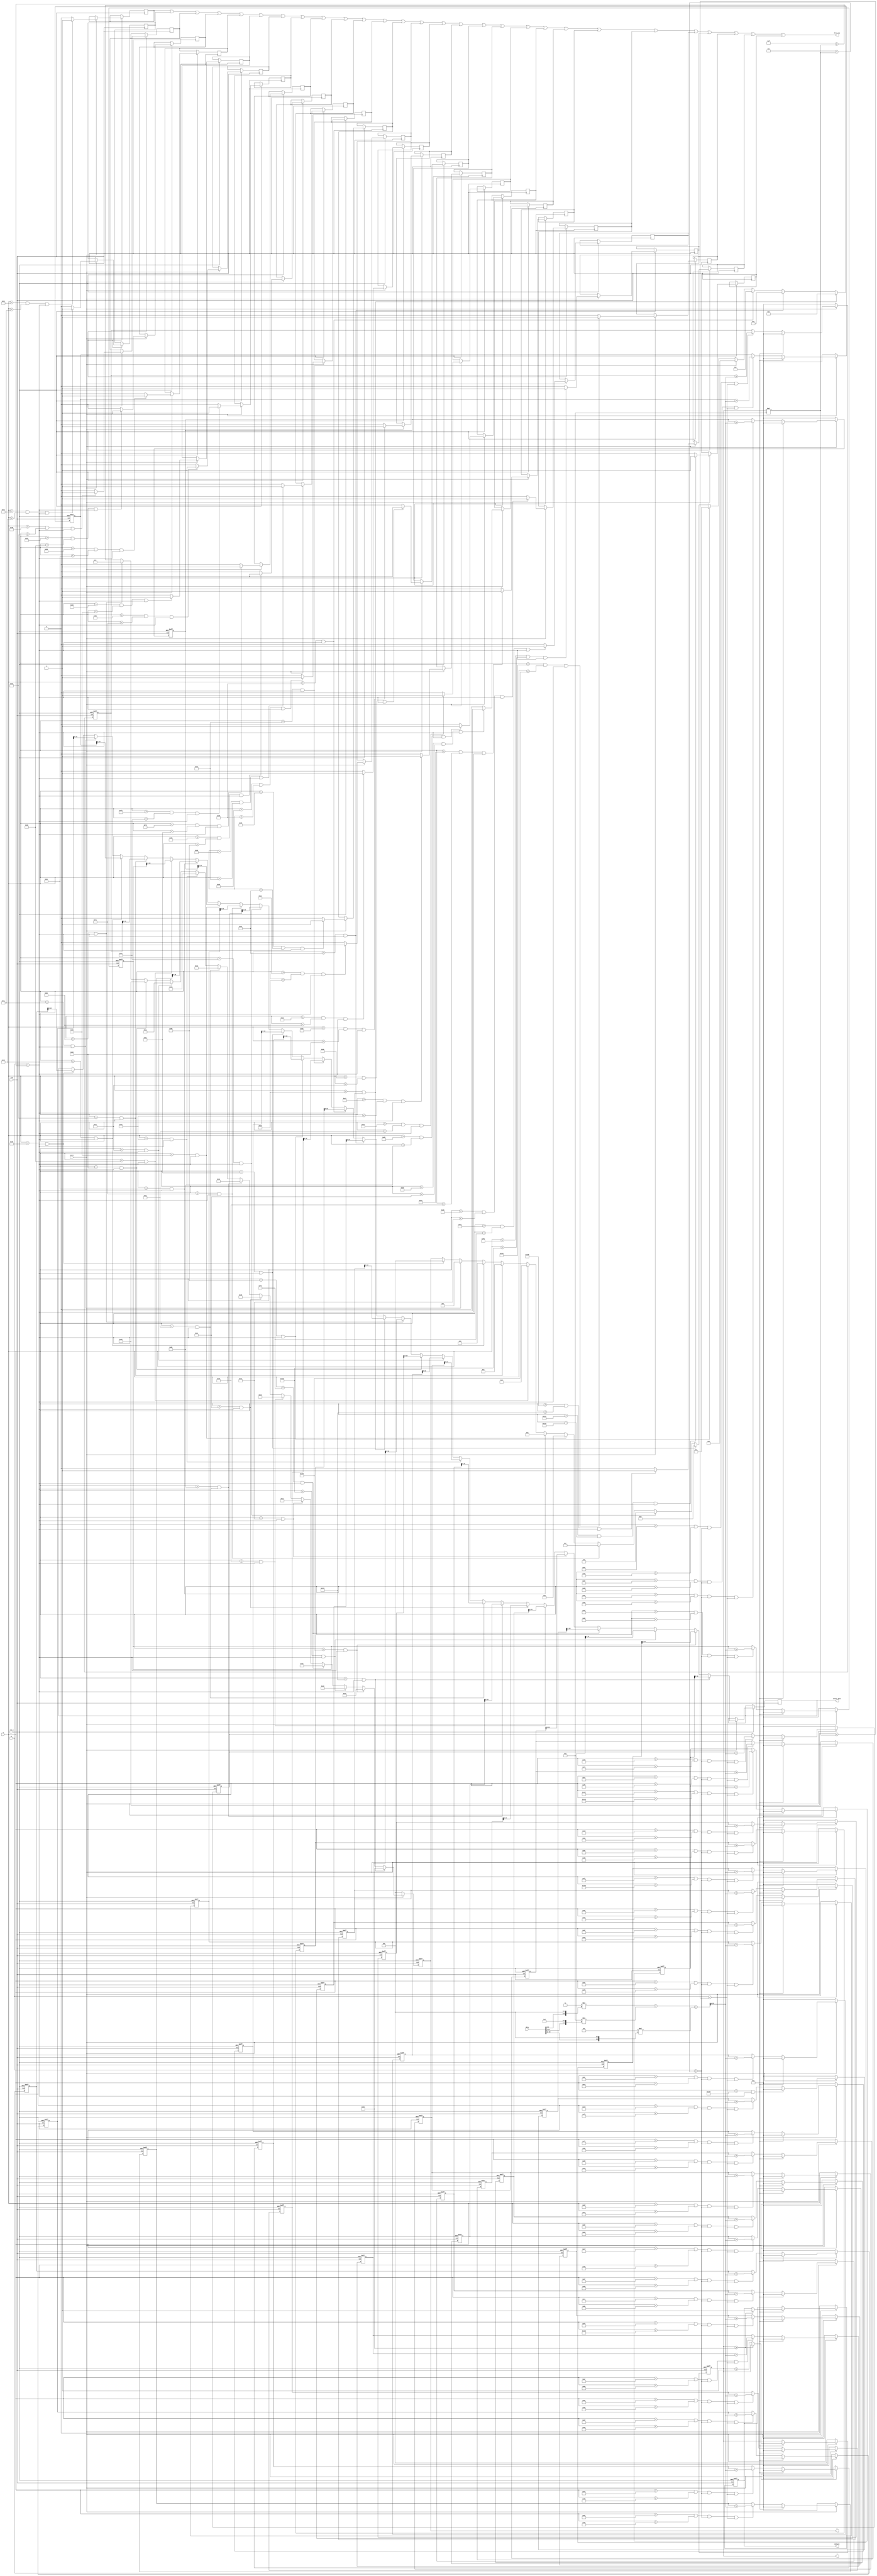
module pre_v2(clk, rst_n, start, data, end_pre, output_data, x, y, i, j ,data_req);
  input clk;
  input rst_n;
  input [15:0] data;
  input start;
  output reg end_pre;
  output reg [10:0] output_data;
  input [9:0] x, y;
  output reg [4:0] i, j;
  output data_req;
  

reg [16:0] sr_data_0_0;
reg wr_sr_data_0;
wire [10:0] output_data_0_0;
reg [16:0] sr_data_1_0;
reg wr_sr_data_1;
wire [10:0] output_data_1_0;
reg [16:0] sr_data_2_0;
reg wr_sr_data_2;
wire [10:0] output_data_2_0;
reg [16:0] sr_data_3_0;
reg wr_sr_data_3;
wire [10:0] output_data_3_0;
reg [16:0] sr_data_4_0;
reg wr_sr_data_4;
wire [10:0] output_data_4_0;
reg [16:0] sr_data_5_0;
reg wr_sr_data_5;
wire [10:0] output_data_5_0;
reg [16:0] sr_data_6_0;
reg wr_sr_data_6;
wire [10:0] output_data_6_0;
reg [16:0] sr_data_7_0;
reg wr_sr_data_7;
wire [10:0] output_data_7_0;
reg [16:0] sr_data_8_0;
reg wr_sr_data_8;
wire [10:0] output_data_8_0;
reg [16:0] sr_data_9_0;
reg wr_sr_data_9;
wire [10:0] output_data_9_0;
reg [16:0] sr_data_10_0;
reg wr_sr_data_10;
wire [10:0] output_data_10_0;
reg [16:0] sr_data_11_0;
reg wr_sr_data_11;
wire [10:0] output_data_11_0;
reg [16:0] sr_data_12_0;
reg wr_sr_data_12;
wire [10:0] output_data_12_0;
reg [16:0] sr_data_13_0;
reg wr_sr_data_13;
wire [10:0] output_data_13_0;
reg [16:0] sr_data_14_0;
reg wr_sr_data_14;
wire [10:0] output_data_14_0;
reg [16:0] sr_data_15_0;
reg wr_sr_data_15;
wire [10:0] output_data_15_0;
reg [16:0] sr_data_16_0;
reg wr_sr_data_16;
wire [10:0] output_data_16_0;
reg [16:0] sr_data_17_0;
reg wr_sr_data_17;
wire [10:0] output_data_17_0;
reg [16:0] sr_data_18_0;
reg wr_sr_data_18;
wire [10:0] output_data_18_0;
reg [16:0] sr_data_19_0;
reg wr_sr_data_19;
wire [10:0] output_data_19_0;
reg [16:0] sr_data_20_0;
reg wr_sr_data_20;
wire [10:0] output_data_20_0;
reg [16:0] sr_data_21_0;
reg wr_sr_data_21;
wire [10:0] output_data_21_0;
reg [16:0] sr_data_22_0;
reg wr_sr_data_22;
wire [10:0] output_data_22_0;
reg [16:0] sr_data_23_0;
reg wr_sr_data_23;
wire [10:0] output_data_23_0;
reg [16:0] sr_data_24_0;
reg wr_sr_data_24;
wire [10:0] output_data_24_0;
reg [16:0] sr_data_25_0;
reg wr_sr_data_25;
wire [10:0] output_data_25_0;
reg [16:0] sr_data_26_0;
reg wr_sr_data_26;
wire [10:0] output_data_26_0;
reg [16:0] sr_data_27_0;
reg wr_sr_data_27;
wire [10:0] output_data_27_0;

reg [10:0] R;
reg [10:0] G;
reg [10:0] B;
reg [17:0] gray;
  
always @(posedge clk or negedge rst_n)	
	begin
	if ( !rst_n )
		begin
			i = 5'b0;
			j = 5'b0;
			sr_data_0_0 = 30'd0;
			sr_data_1_0 = 30'd0;
			sr_data_2_0 = 30'd0;
			sr_data_3_0 = 30'd0;
			sr_data_4_0 = 30'd0;
			sr_data_5_0 = 30'd0;
			sr_data_6_0 = 30'd0;
			sr_data_7_0 = 30'd0;
			sr_data_8_0 = 30'd0;
			sr_data_9_0 = 30'd0;
			sr_data_10_0 = 30'd0;
			sr_data_11_0 = 30'd0;
			sr_data_12_0 = 30'd0;
			sr_data_13_0 = 30'd0;
			sr_data_14_0 = 30'd0;
			sr_data_15_0 = 30'd0;
			sr_data_16_0 = 30'd0;
			sr_data_17_0 = 30'd0;
			sr_data_18_0 = 30'd0;
			sr_data_19_0 = 30'd0;
			sr_data_20_0 = 30'd0;
			sr_data_21_0 = 30'd0;
			sr_data_22_0 = 30'd0;
			sr_data_23_0 = 30'd0;
			sr_data_24_0 = 30'd0;
			sr_data_25_0 = 30'd0;
			sr_data_26_0 = 30'd0;
			sr_data_27_0 = 30'd0;
			end_pre = 1'b0;
			gray = 18'd0;
		end
	else
    begin
      if (start)
        begin
			R = 11'd0;
			R[9] = data[15];
			R[8] = data[14];
			R[7] = data[13];
			R[6] = data[12];
			R[5] = data[11];

			G = 11'd0;
			G[9] = data[10];
			G[8] = data[9];
			G[7] = data[8];
			G[6] = data[7];
			G[5] = data[6];
			G[4] = data[5];

			B = 11'd0;
			B[9] = data[4];
			B[8] = data[3];
			B[7] = data[2];
			B[6] = data[1];
			B[5] = data[0];
				  

         gray = 3*B + 8*G + 5*R;
         gray = gray >> 4;
		 
			if ((x>(10'd47+(0*8)))&&(x<(10'd56+(0*8)))&&(y>(10'd7+(j*8)))&&(y<(10'd16+(j*8)))) 
				begin		
				  sr_data_0_0 = sr_data_0_0 + gray;
				end
			if ((x>(10'd47+(1*8)))&&(x<(10'd56+(1*8)))&&(y>(10'd7+(j*8)))&&(y<(10'd16+(j*8)))) 
				begin		
				  sr_data_1_0 = sr_data_1_0 + gray;
				end
			if ((x>(10'd47+(2*8)))&&(x<(10'd56+(2*8)))&&(y>(10'd7+(j*8)))&&(y<(10'd16+(j*8)))) 
				begin		
				  sr_data_2_0 = sr_data_2_0 + gray;
				end
			if ((x>(10'd47+(3*8)))&&(x<(10'd56+(3*8)))&&(y>(10'd7+(j*8)))&&(y<(10'd16+(j*8)))) 
				begin		
				  sr_data_3_0 = sr_data_3_0 + gray;
				end
			if ((x>(10'd47+(4*8)))&&(x<(10'd56+(4*8)))&&(y>(10'd7+(j*8)))&&(y<(10'd16+(j*8)))) 
				begin		
				  sr_data_4_0 = sr_data_4_0 + gray;
				end
			if ((x>(10'd47+(5*8)))&&(x<(10'd56+(5*8)))&&(y>(10'd7+(j*8)))&&(y<(10'd16+(j*8)))) 
				begin		
				  sr_data_5_0 = sr_data_5_0 + gray;
				end
			if ((x>(10'd47+(6*8)))&&(x<(10'd56+(6*8)))&&(y>(10'd7+(j*8)))&&(y<(10'd16+(j*8)))) 
				begin		
				  sr_data_6_0 = sr_data_6_0 + gray;
				end
			if ((x>(10'd47+(7*8)))&&(x<(10'd56+(7*8)))&&(y>(10'd7+(j*8)))&&(y<(10'd16+(j*8)))) 
				begin		
				  sr_data_7_0 = sr_data_7_0 + gray;
				end
			if ((x>(10'd47+(8*8)))&&(x<(10'd56+(8*8)))&&(y>(10'd7+(j*8)))&&(y<(10'd16+(j*8)))) 
				begin		
				  sr_data_8_0 = sr_data_8_0 + gray;
				end
			if ((x>(10'd47+(9*8)))&&(x<(10'd56+(9*8)))&&(y>(10'd7+(j*8)))&&(y<(10'd16+(j*8)))) 
				begin		
				  sr_data_9_0 = sr_data_9_0 + gray;
				end
			if ((x>(10'd47+(10*8)))&&(x<(10'd56+(10*8)))&&(y>(10'd7+(j*8)))&&(y<(10'd16+(j*8)))) 
				begin		
				  sr_data_10_0 = sr_data_10_0 + gray;
				end
			if ((x>(10'd47+(11*8)))&&(x<(10'd56+(11*8)))&&(y>(10'd7+(j*8)))&&(y<(10'd16+(j*8)))) 
				begin		
				  sr_data_11_0 = sr_data_11_0 + gray;
				end
			if ((x>(10'd47+(12*8)))&&(x<(10'd56+(12*8)))&&(y>(10'd7+(j*8)))&&(y<(10'd16+(j*8)))) 
				begin		
				  sr_data_12_0 = sr_data_12_0 + gray;
				end
			if ((x>(10'd47+(13*8)))&&(x<(10'd56+(13*8)))&&(y>(10'd7+(j*8)))&&(y<(10'd16+(j*8)))) 
				begin		
				  sr_data_13_0 = sr_data_13_0 + gray;
				end
			if ((x>(10'd47+(14*8)))&&(x<(10'd56+(14*8)))&&(y>(10'd7+(j*8)))&&(y<(10'd16+(j*8)))) 
				begin		
				  sr_data_14_0 = sr_data_14_0 + gray;
				end
			if ((x>(10'd47+(15*8)))&&(x<(10'd56+(15*8)))&&(y>(10'd7+(j*8)))&&(y<(10'd16+(j*8)))) 
				begin		
				  sr_data_15_0 = sr_data_15_0 + gray;
				end
			if ((x>(10'd47+(16*8)))&&(x<(10'd56+(16*8)))&&(y>(10'd7+(j*8)))&&(y<(10'd16+(j*8)))) 
				begin		
				  sr_data_16_0 = sr_data_16_0 + gray;
				end
			if ((x>(10'd47+(17*8)))&&(x<(10'd56+(17*8)))&&(y>(10'd7+(j*8)))&&(y<(10'd16+(j*8)))) 
				begin		
				  sr_data_17_0 = sr_data_17_0 + gray;
				end
			if ((x>(10'd47+(18*8)))&&(x<(10'd56+(18*8)))&&(y>(10'd7+(j*8)))&&(y<(10'd16+(j*8)))) 
				begin		
				  sr_data_18_0 = sr_data_18_0 + gray;
				end
			if ((x>(10'd47+(19*8)))&&(x<(10'd56+(19*8)))&&(y>(10'd7+(j*8)))&&(y<(10'd16+(j*8)))) 
				begin		
				  sr_data_19_0 = sr_data_19_0 + gray;
				end
			if ((x>(10'd47+(20*8)))&&(x<(10'd56+(20*8)))&&(y>(10'd7+(j*8)))&&(y<(10'd16+(j*8)))) 
				begin		
				  sr_data_20_0 = sr_data_20_0 + gray;
				end
			if ((x>(10'd47+(21*8)))&&(x<(10'd56+(21*8)))&&(y>(10'd7+(j*8)))&&(y<(10'd16+(j*8)))) 
				begin		
				  sr_data_21_0 = sr_data_21_0 + gray;
				end
			if ((x>(10'd47+(22*8)))&&(x<(10'd56+(22*8)))&&(y>(10'd7+(j*8)))&&(y<(10'd16+(j*8)))) 
				begin		
				  sr_data_22_0 = sr_data_22_0 + gray;
				end
			if ((x>(10'd47+(23*8)))&&(x<(10'd56+(23*8)))&&(y>(10'd7+(j*8)))&&(y<(10'd16+(j*8)))) 
				begin		
				  sr_data_23_0 = sr_data_23_0 + gray;
				end
			if ((x>(10'd47+(24*8)))&&(x<(10'd56+(24*8)))&&(y>(10'd7+(j*8)))&&(y<(10'd16+(j*8)))) 
				begin		
				  sr_data_24_0 = sr_data_24_0 + gray;
				end
			if ((x>(10'd47+(25*8)))&&(x<(10'd56+(25*8)))&&(y>(10'd7+(j*8)))&&(y<(10'd16+(j*8)))) 
				begin		
				  sr_data_25_0 = sr_data_25_0 + gray;
				end
			if ((x>(10'd47+(26*8)))&&(x<(10'd56+(26*8)))&&(y>(10'd7+(j*8)))&&(y<(10'd16+(j*8)))) 
				begin		
				  sr_data_26_0 = sr_data_26_0 + gray;
				end
			if ((x>(10'd47+(27*8)))&&(x<(10'd56+(27*8)))&&(y>(10'd7+(j*8)))&&(y<(10'd16+(j*8)))) 
				begin		
				  sr_data_27_0 = sr_data_27_0 + gray;
				end
			if ((x==(10'd57+(0*8)))&&(y==(10'd15+(j*8))))	begin output_data=output_data_0_0; i=0; end
			if ((x>(10'd59+(0*8)))&&(x<(10'd65+(0*8)))&&(y==(10'd15+(j*8))))	wr_sr_data_0=1'b1; 
			else wr_sr_data_0 = 1'b0;
			if ((x==(10'd57+(1*8)))&&(y==(10'd15+(j*8))))	begin output_data=output_data_1_0; i=1; end
			if ((x>(10'd59+(1*8)))&&(x<(10'd65+(1*8)))&&(y==(10'd15+(j*8))))	wr_sr_data_1=1'b1; 
			else wr_sr_data_1 = 1'b0;
			if ((x==(10'd57+(2*8)))&&(y==(10'd15+(j*8))))	begin output_data=output_data_2_0; i=2; end
			if ((x>(10'd59+(2*8)))&&(x<(10'd65+(2*8)))&&(y==(10'd15+(j*8))))	wr_sr_data_2=1'b1; 
			else wr_sr_data_2 = 1'b0;
			if ((x==(10'd57+(3*8)))&&(y==(10'd15+(j*8))))	begin output_data=output_data_3_0; i=3; end
			if ((x>(10'd59+(3*8)))&&(x<(10'd65+(3*8)))&&(y==(10'd15+(j*8))))	wr_sr_data_3=1'b1; 
			else wr_sr_data_3 = 1'b0;
			if ((x==(10'd57+(4*8)))&&(y==(10'd15+(j*8))))	begin output_data=output_data_4_0; i=4; end
			if ((x>(10'd59+(4*8)))&&(x<(10'd65+(4*8)))&&(y==(10'd15+(j*8))))	wr_sr_data_4=1'b1; 
			else wr_sr_data_4 = 1'b0;
			if ((x==(10'd57+(5*8)))&&(y==(10'd15+(j*8))))	begin output_data=output_data_5_0; i=5; end
			if ((x>(10'd59+(5*8)))&&(x<(10'd65+(5*8)))&&(y==(10'd15+(j*8))))	wr_sr_data_5=1'b1; 
			else wr_sr_data_5 = 1'b0;
			if ((x==(10'd57+(6*8)))&&(y==(10'd15+(j*8))))	begin output_data=output_data_6_0; i=6; end
			if ((x>(10'd59+(6*8)))&&(x<(10'd65+(6*8)))&&(y==(10'd15+(j*8))))	wr_sr_data_6=1'b1; 
			else wr_sr_data_6 = 1'b0;
			if ((x==(10'd57+(7*8)))&&(y==(10'd15+(j*8))))	begin output_data=output_data_7_0; i=7; end
			if ((x>(10'd59+(7*8)))&&(x<(10'd65+(7*8)))&&(y==(10'd15+(j*8))))	wr_sr_data_7=1'b1; 
			else wr_sr_data_7 = 1'b0;
			if ((x==(10'd57+(8*8)))&&(y==(10'd15+(j*8))))	begin output_data=output_data_8_0; i=8; end
			if ((x>(10'd59+(8*8)))&&(x<(10'd65+(8*8)))&&(y==(10'd15+(j*8))))	wr_sr_data_8=1'b1; 
			else wr_sr_data_8 = 1'b0;
			if ((x==(10'd57+(9*8)))&&(y==(10'd15+(j*8))))	begin output_data=output_data_9_0; i=9; end
			if ((x>(10'd59+(9*8)))&&(x<(10'd65+(9*8)))&&(y==(10'd15+(j*8))))	wr_sr_data_9=1'b1; 
			else wr_sr_data_9 = 1'b0;
			if ((x==(10'd57+(10*8)))&&(y==(10'd15+(j*8))))	begin output_data=output_data_10_0; i=10; end
			if ((x>(10'd59+(10*8)))&&(x<(10'd65+(10*8)))&&(y==(10'd15+(j*8))))	wr_sr_data_10=1'b1; 
			else wr_sr_data_10 = 1'b0;
			if ((x==(10'd57+(11*8)))&&(y==(10'd15+(j*8))))	begin output_data=output_data_11_0; i=11; end
			if ((x>(10'd59+(11*8)))&&(x<(10'd65+(11*8)))&&(y==(10'd15+(j*8))))	wr_sr_data_11=1'b1; 
			else wr_sr_data_11 = 1'b0;
			if ((x==(10'd57+(12*8)))&&(y==(10'd15+(j*8))))	begin output_data=output_data_12_0; i=12; end
			if ((x>(10'd59+(12*8)))&&(x<(10'd65+(12*8)))&&(y==(10'd15+(j*8))))	wr_sr_data_12=1'b1; 
			else wr_sr_data_12 = 1'b0;
			if ((x==(10'd57+(13*8)))&&(y==(10'd15+(j*8))))	begin output_data=output_data_13_0; i=13; end
			if ((x>(10'd59+(13*8)))&&(x<(10'd65+(13*8)))&&(y==(10'd15+(j*8))))	wr_sr_data_13=1'b1; 
			else wr_sr_data_13 = 1'b0;
			if ((x==(10'd57+(14*8)))&&(y==(10'd15+(j*8))))	begin output_data=output_data_14_0; i=14; end
			if ((x>(10'd59+(14*8)))&&(x<(10'd65+(14*8)))&&(y==(10'd15+(j*8))))	wr_sr_data_14=1'b1; 
			else wr_sr_data_14 = 1'b0;
			if ((x==(10'd57+(15*8)))&&(y==(10'd15+(j*8))))	begin output_data=output_data_15_0; i=15; end
			if ((x>(10'd59+(15*8)))&&(x<(10'd65+(15*8)))&&(y==(10'd15+(j*8))))	wr_sr_data_15=1'b1; 
			else wr_sr_data_15 = 1'b0;
			if ((x==(10'd57+(16*8)))&&(y==(10'd15+(j*8))))	begin output_data=output_data_16_0; i=16; end
			if ((x>(10'd59+(16*8)))&&(x<(10'd65+(16*8)))&&(y==(10'd15+(j*8))))	wr_sr_data_16=1'b1; 
			else wr_sr_data_16 = 1'b0;
			if ((x==(10'd57+(17*8)))&&(y==(10'd15+(j*8))))	begin output_data=output_data_17_0; i=17; end
			if ((x>(10'd59+(17*8)))&&(x<(10'd65+(17*8)))&&(y==(10'd15+(j*8))))	wr_sr_data_17=1'b1; 
			else wr_sr_data_17 = 1'b0;
			if ((x==(10'd57+(18*8)))&&(y==(10'd15+(j*8))))	begin output_data=output_data_18_0; i=18; end
			if ((x>(10'd59+(18*8)))&&(x<(10'd65+(18*8)))&&(y==(10'd15+(j*8))))	wr_sr_data_18=1'b1; 
			else wr_sr_data_18 = 1'b0;
			if ((x==(10'd57+(19*8)))&&(y==(10'd15+(j*8))))	begin output_data=output_data_19_0; i=19; end
			if ((x>(10'd59+(19*8)))&&(x<(10'd65+(19*8)))&&(y==(10'd15+(j*8))))	wr_sr_data_19=1'b1; 
			else wr_sr_data_19 = 1'b0;
			if ((x==(10'd57+(20*8)))&&(y==(10'd15+(j*8))))	begin output_data=output_data_20_0; i=20; end
			if ((x>(10'd59+(20*8)))&&(x<(10'd65+(20*8)))&&(y==(10'd15+(j*8))))	wr_sr_data_20=1'b1; 
			else wr_sr_data_20 = 1'b0;
			if ((x==(10'd57+(21*8)))&&(y==(10'd15+(j*8))))	begin output_data=output_data_21_0; i=21; end
			if ((x>(10'd59+(21*8)))&&(x<(10'd65+(21*8)))&&(y==(10'd15+(j*8))))	wr_sr_data_21=1'b1; 
			else wr_sr_data_21 = 1'b0;
			if ((x==(10'd57+(22*8)))&&(y==(10'd15+(j*8))))	begin output_data=output_data_22_0; i=22; end
			if ((x>(10'd59+(22*8)))&&(x<(10'd65+(22*8)))&&(y==(10'd15+(j*8))))	wr_sr_data_22=1'b1; 
			else wr_sr_data_22 = 1'b0;
			if ((x==(10'd57+(23*8)))&&(y==(10'd15+(j*8))))	begin output_data=output_data_23_0; i=23; end
			if ((x>(10'd59+(23*8)))&&(x<(10'd65+(23*8)))&&(y==(10'd15+(j*8))))	wr_sr_data_23=1'b1; 
			else wr_sr_data_23 = 1'b0;
			if ((x==(10'd57+(24*8)))&&(y==(10'd15+(j*8))))	begin output_data=output_data_24_0; i=24; end
			if ((x>(10'd59+(24*8)))&&(x<(10'd65+(24*8)))&&(y==(10'd15+(j*8))))	wr_sr_data_24=1'b1; 
			else wr_sr_data_24 = 1'b0;
			if ((x==(10'd57+(25*8)))&&(y==(10'd15+(j*8))))	begin output_data=output_data_25_0; i=25; end
			if ((x>(10'd59+(25*8)))&&(x<(10'd65+(25*8)))&&(y==(10'd15+(j*8))))	wr_sr_data_25=1'b1; 
			else wr_sr_data_25 = 1'b0;
			if ((x==(10'd57+(26*8)))&&(y==(10'd15+(j*8))))	begin output_data=output_data_26_0; i=26; end
			if ((x>(10'd59+(26*8)))&&(x<(10'd65+(26*8)))&&(y==(10'd15+(j*8))))	wr_sr_data_26=1'b1; 
			else wr_sr_data_26 = 1'b0;
			if ((x==(10'd57+(27*8)))&&(y==(10'd15+(j*8))))	begin output_data=output_data_27_0; i=27; end
			if ((x>(10'd59+(27*8)))&&(x<(10'd65+(27*8)))&&(y==(10'd15+(j*8))))	wr_sr_data_27=1'b1; 
			else wr_sr_data_27 = 1'b0;
			
			if ((x==10'd319) && (y==(10'd15+(j*8))))
				begin
					if (j >= 5'd27) 
					begin	
					  //j = 5'd0;
					  end_pre = 1'b1;
					end
					else j = j + 1'b1;
					sr_data_0_0 = 30'd0;
					sr_data_1_0 = 30'd0;
					sr_data_2_0 = 30'd0;
					sr_data_3_0 = 30'd0;
					sr_data_4_0 = 30'd0;
					sr_data_5_0 = 30'd0;
					sr_data_6_0 = 30'd0;
					sr_data_7_0 = 30'd0;
					sr_data_8_0 = 30'd0;
					sr_data_9_0 = 30'd0;
					sr_data_10_0 = 30'd0;
					sr_data_11_0 = 30'd0;
					sr_data_12_0 = 30'd0;
					sr_data_13_0 = 30'd0;
					sr_data_14_0 = 30'd0;
					sr_data_15_0 = 30'd0;
					sr_data_16_0 = 30'd0;
					sr_data_17_0 = 30'd0;
					sr_data_18_0 = 30'd0;
					sr_data_19_0 = 30'd0;
					sr_data_20_0 = 30'd0;
					sr_data_21_0 = 30'd0;
					sr_data_22_0 = 30'd0;
					sr_data_23_0 = 30'd0;
					sr_data_24_0 = 30'd0;
					sr_data_25_0 = 30'd0;
					sr_data_26_0 = 30'd0;
					sr_data_27_0 = 30'd0;
				end
        end
		else
			   begin
						i=5'b0;
						j=5'b0;
						sr_data_0_0 = 30'd0;
						sr_data_1_0 = 30'd0;
						sr_data_2_0 = 30'd0;
						sr_data_3_0 = 30'd0;
						sr_data_4_0 = 30'd0;
						sr_data_5_0 = 30'd0;
						sr_data_6_0 = 30'd0;
						sr_data_7_0 = 30'd0;
						sr_data_8_0 = 30'd0;
						sr_data_9_0 = 30'd0;
						sr_data_10_0 = 30'd0;
						sr_data_11_0 = 30'd0;
						sr_data_12_0 = 30'd0;
						sr_data_13_0 = 30'd0;
						sr_data_14_0 = 30'd0;
						sr_data_15_0 = 30'd0;
						sr_data_16_0 = 30'd0;
						sr_data_17_0 = 30'd0;
						sr_data_18_0 = 30'd0;
						sr_data_19_0 = 30'd0;
						sr_data_20_0 = 30'd0;
						sr_data_21_0 = 30'd0;
						sr_data_22_0 = 30'd0;
						sr_data_23_0 = 30'd0;
						sr_data_24_0 = 30'd0;
						sr_data_25_0 = 30'd0;
						sr_data_26_0 = 30'd0;
						sr_data_27_0 = 30'd0;
						end_pre = 1'b0;
						gray = 18'd0;
				end
			
    end
end

        
assign data_req = wr_sr_data_0 | wr_sr_data_1 | wr_sr_data_2 | wr_sr_data_3 | wr_sr_data_4 | wr_sr_data_5 | wr_sr_data_6 | wr_sr_data_7 | wr_sr_data_8 | wr_sr_data_9 | wr_sr_data_10 | wr_sr_data_11 | wr_sr_data_12 | wr_sr_data_13 | wr_sr_data_14 | wr_sr_data_15 | wr_sr_data_16 | wr_sr_data_17 | wr_sr_data_18 | wr_sr_data_19 | wr_sr_data_20 | wr_sr_data_21 | wr_sr_data_22 | wr_sr_data_23 | wr_sr_data_24 | wr_sr_data_25 | wr_sr_data_26 | wr_sr_data_27;
assign output_data_0_0 = sr_data_0_0 >> 6;
assign output_data_1_0 = sr_data_1_0 >> 6;
assign output_data_2_0 = sr_data_2_0 >> 6;
assign output_data_3_0 = sr_data_3_0 >> 6;
assign output_data_4_0 = sr_data_4_0 >> 6;
assign output_data_5_0 = sr_data_5_0 >> 6;
assign output_data_6_0 = sr_data_6_0 >> 6;
assign output_data_7_0 = sr_data_7_0 >> 6;
assign output_data_8_0 = sr_data_8_0 >> 6;
assign output_data_9_0 = sr_data_9_0 >> 6;
assign output_data_10_0 = sr_data_10_0 >> 6;
assign output_data_11_0 = sr_data_11_0 >> 6;
assign output_data_12_0 = sr_data_12_0 >> 6;
assign output_data_13_0 = sr_data_13_0 >> 6;
assign output_data_14_0 = sr_data_14_0 >> 6;
assign output_data_15_0 = sr_data_15_0 >> 6;
assign output_data_16_0 = sr_data_16_0 >> 6;
assign output_data_17_0 = sr_data_17_0 >> 6;
assign output_data_18_0 = sr_data_18_0 >> 6;
assign output_data_19_0 = sr_data_19_0 >> 6;
assign output_data_20_0 = sr_data_20_0 >> 6;
assign output_data_21_0 = sr_data_21_0 >> 6;
assign output_data_22_0 = sr_data_22_0 >> 6;
assign output_data_23_0 = sr_data_23_0 >> 6;
assign output_data_24_0 = sr_data_24_0 >> 6;
assign output_data_25_0 = sr_data_25_0 >> 6;
assign output_data_26_0 = sr_data_26_0 >> 6;
assign output_data_27_0 = sr_data_27_0 >> 6;

endmodule